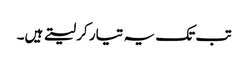
تب تک یہ تیار کر لیتے ہیں۔